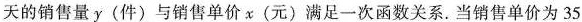
天的销售量y(件)与销售单价x(元)满足一次函数关系。当销售单价为35